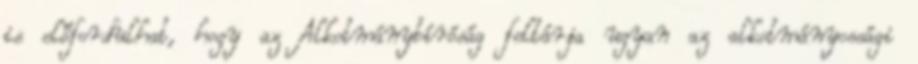
is előfordulhat, hogy az Alkotmánybíróság feltárja ugyan az alkotmányossági